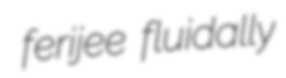
ferijee fluidally